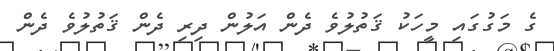
ގެ މަގުގައި މީހަކު ޤަތުލުވެ ދެން އަލުން ދިރި ދެން ޤަތުލުވެ ދެން